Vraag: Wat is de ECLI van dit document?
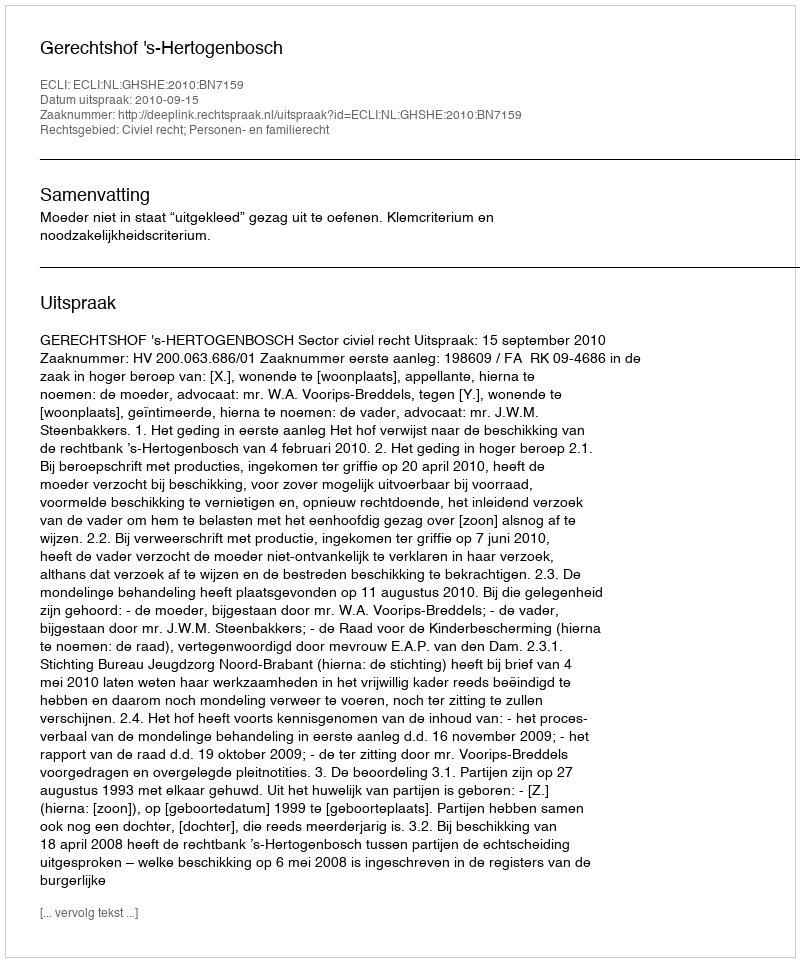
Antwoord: ECLI:NL:GHSHE:2010:BN7159